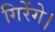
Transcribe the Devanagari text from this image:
गिरेंगे।